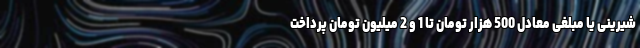
شیرینی یا مبلغی معادل 500 هزار تومان تا 1 و 2 میلیون تومان پرداخت